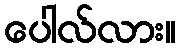
ပေါလ်လား။